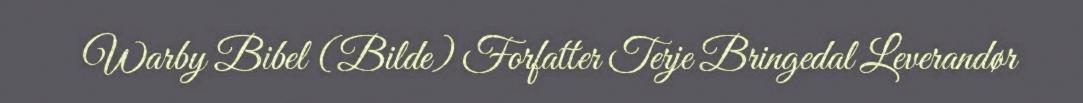
Warby Bibel (Bilde) Forfatter Terje Bringedal Leverandør